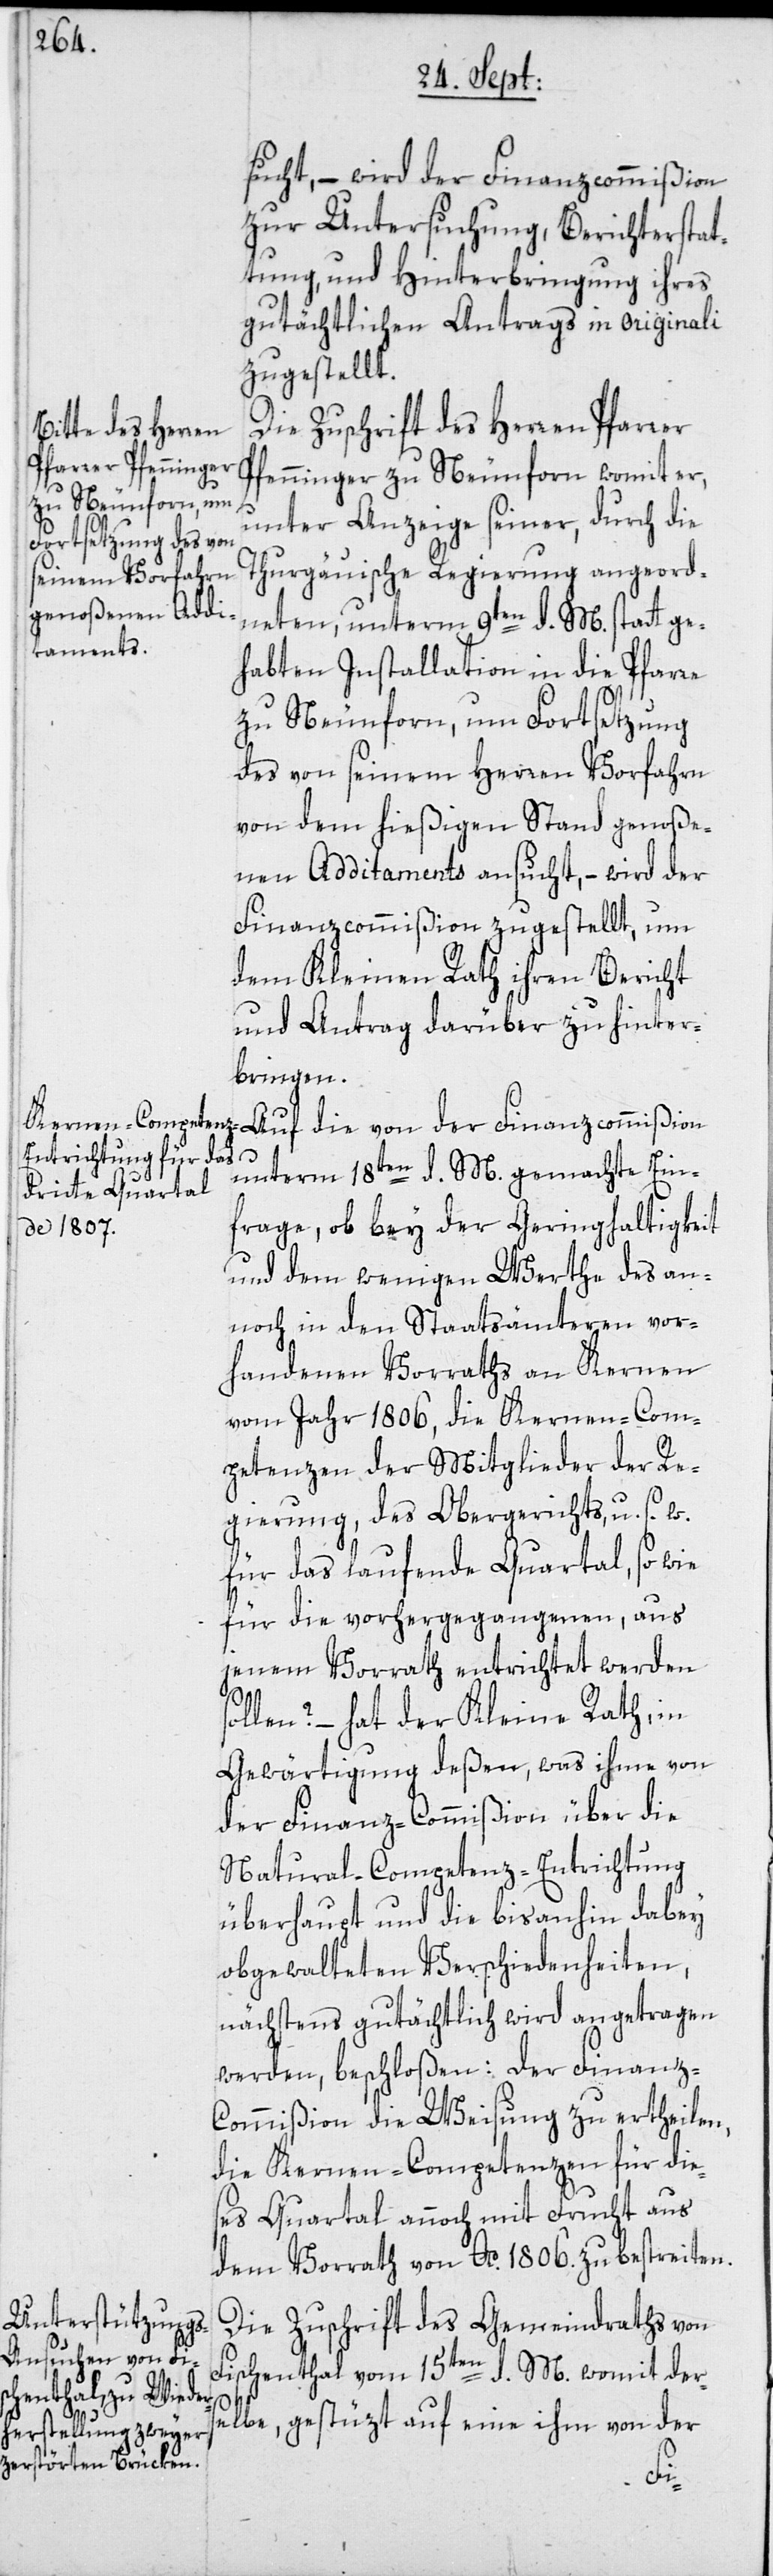
sucht, – wird der Finanzcommißion
zur Untersuchung, Berichterstat¬
tung, und Hinterbringung ihres
gutächtlichen Antrags in originali
zugestellt.
Die Zuschrift des Herren Pfarrer
Pfenninger zu Neunforn womit er,
unter Anzeige seiner, durch die
Thurgauische Regierung angeord¬
neten, unterm 9ten d. M. statt ge¬
habten Installation in die Pfarre
zu Neunforn, um Fortsetzung
des von seinem Herren Vorfahrn
von dem hießigen Stand genoße¬
nen Additaments ansucht, – wird der
Finanzcommißion zugestellt, um
dem Kleinen Rath ihren Bericht
und Antrag darüber zu hinter¬
bringen.
Auf die von der Finanzcommißion
unterm 18ten d. M. gemachte Ein¬
frage, ob bey der Geringhaltigkeit
und dem wenigen Werthe des an¬
noch in den Staatsämteren vor¬
handenen Vorraths an Kernen
vom Jahr 1806, die Kernen-Com¬
petenzen der Mitglieder der Re¬
gierung, des Obergerichts u. s. w.
für das laufende Quartal, so wie
für die vorhergegangenen, aus
jenem Vorrath entrichtet werden
ollen? – hat der Kleine Rath, in
Gewärtigung deßen, was ihme von
der Finanz-Commißion über die
Natural-Competenz-Entrichtung
überhaupt und die bis anhin dabey
obgewalteten Verschiedenheiten,
nächstens gutächtlich wird angetragen
werden, beschloßen: Der Finanz-C¬
ommißion die Weisung zu ertheilen,
die Kernen-Competenzen für die¬
ses Quartal annoch mit Frucht aus
dem Vorrath von Ao. 1806. zu bestreiten.
Die Zuschrift des Gemeindraths von
Fischenthal vom 15ten d. M., womit der¬
selbe, gestüzt auf eine ihm von der
s¬